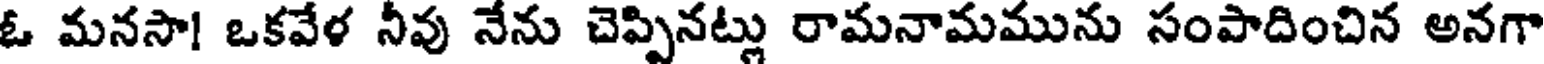
ఓ మనసా! ఒకవేళ నీవు నేను చెప్పినట్లు రామనామమును సంపాదించిన అనగా